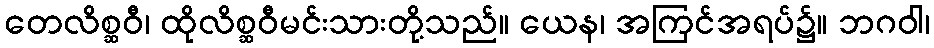
တေလိစ္ဆဝီ၊ ထိုလိစ္ဆဝီမင်းသားတို့သည်။ ယေန၊ အကြင်အရပ်၌။ ဘဂဝါ၊